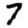
Digit: 7